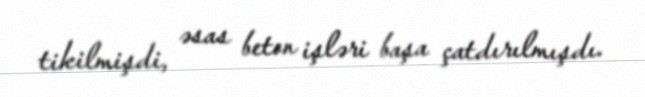
tikilmişdi, əsas beton işləri başa çatdırılmışdı.